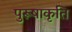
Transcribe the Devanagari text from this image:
पुरूषाकृति